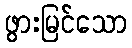
ဖွားမြင်သော